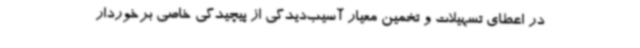
در اعطای تسهیلات و تخمین معیار آسیب‌دیدگی از پیچیدگی خاصی برخوردار